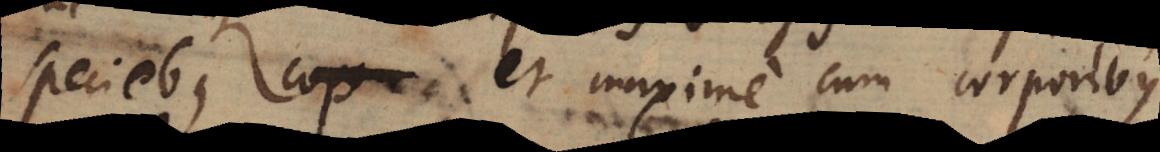
speciebus cop et maxime cum corporibus